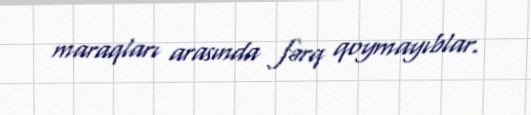
maraqları arasında fərq qoymayıblar.